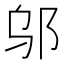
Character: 邬